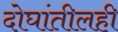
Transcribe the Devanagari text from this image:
दोघांतीलही